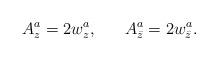
LaTeX: \begin{align*}A^a_z = 2w^a_z, \ \ \ \ \ A^a_{\bar z} = 2 w^a_{\bar z}.\end{align*}